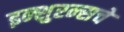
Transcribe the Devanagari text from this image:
इन्‍शुरन्‍सचे